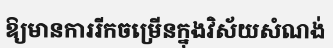
ឱ្យមានការរីកចម្រើនក្នុងវិស័យសំណង់